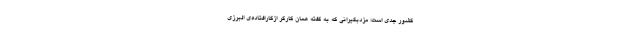
کشور جدی است؛ مزدبگیرانی که به گفته همان کارگر ازکارافتاده‌ی البرزی